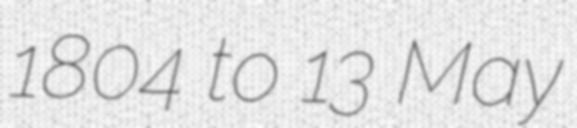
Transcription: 1804 to 13 May